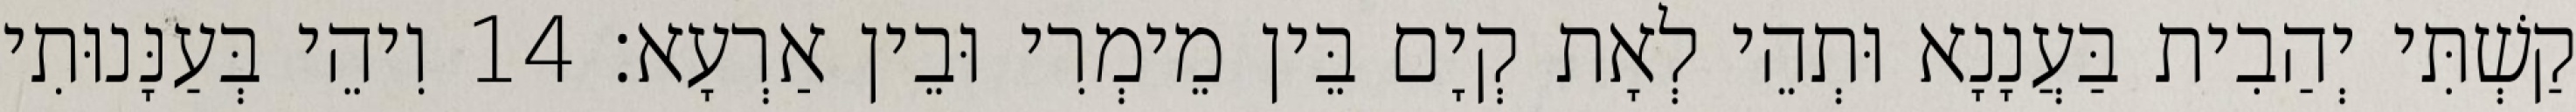
קַשְׁתִּי יְהַבִית בַּעֲנָנָא וּתְהֵי לְאָת קְיָם בֵּין מֵימְרִי וּבֵין אַרְעָא׃ 14 וִיהֵי בְּעַנָּנוּתִי